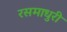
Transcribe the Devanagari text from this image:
रसमाधुरी